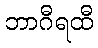
ဘာဂီရထီ